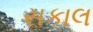
સકાલ